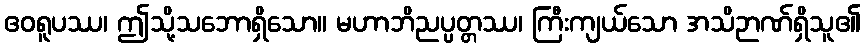
ဧဝရူပဿ၊ ဤသို့သဘောရှိသော။ မဟာဘိညပ္ပတ္တဿ၊ ကြီးကျယ်သော အသိဉာဏ်ရှိသူ၏